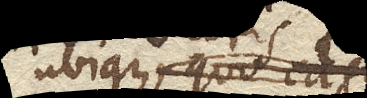
ubique, quo casu